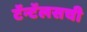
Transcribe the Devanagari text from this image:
टॅन्टॅलसची